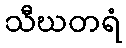
သီဃတရံ